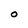
Character: O